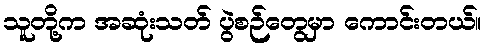
သူတို့က အဆုံးသတ် ပွဲစဉ်တွေမှာ ကောင်းတယ်။